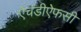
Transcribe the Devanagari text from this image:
ऐचडीऐफसी